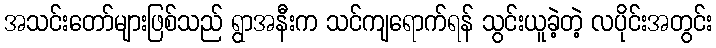
အသင်းတော်များဖြစ်သည် ရွာအနီးက သင်ကျရောက်ရန် သွင်းယူခဲ့တဲ့ လပိုင်းအတွင်း